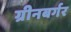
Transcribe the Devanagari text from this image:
ग्रीनबर्गर